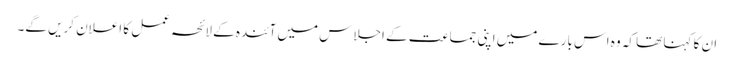
ان کا کہنا تھا کہ وہ اس بارے میں اپنی جماعت کے اجلاس میں آئندہ کے لائحہ عمل کا اعلان کریں گے۔